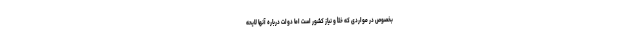
بخصوص در مواردی که خلأ و نیاز کشور است اما دولت درباره آنها لایحه